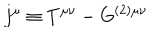
LaTeX: j ^ { \mu } \equiv T ^ { \mu \nu } - G ^ { ( 2 ) \mu \nu }